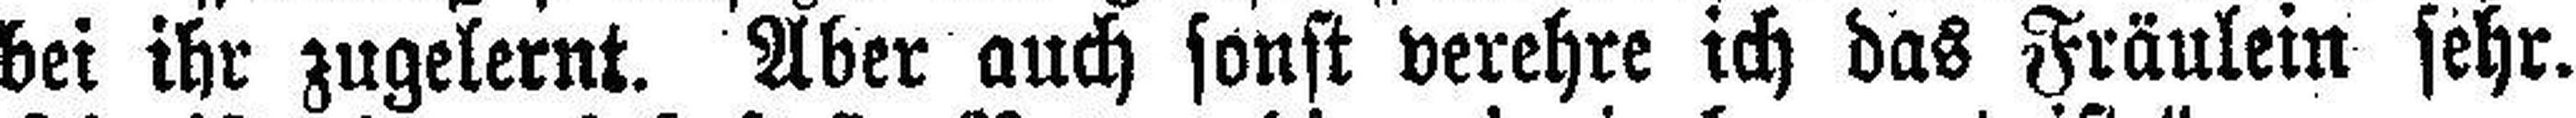
bei ihr zugelernt. Aber auch sonst verehre ich das Fräulein sehr.